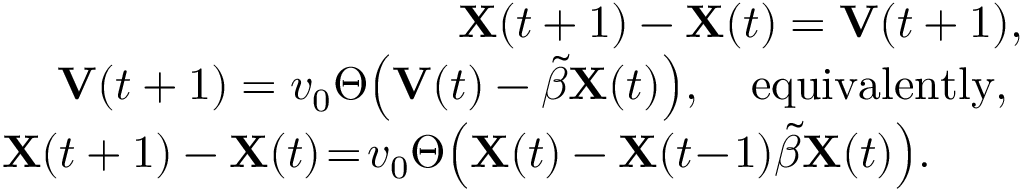
\begin{array} { r l r } & { } & { \mathbf { X } ( t + 1 ) - \mathbf { X } ( t ) = \mathbf { V } ( t + 1 ) , } \\ & { } & { \mathbf { V } ( t + 1 ) = v _ { 0 } \Theta \! \left( \mathbf { V } ( t ) - \tilde { \beta } \mathbf { X } ( t ) \right) \! , \quad \mathrm { e q u i v a l e n t l y , ~ } } \\ & { } & { \mathbf { X } ( t + 1 ) - \mathbf { X } ( t ) \! = \! v _ { 0 } \Theta \! \left( \mathbf { X } ( t ) - \mathbf { X } ( t \! - \! 1 ) \tilde { \beta } \mathbf { X } ( t ) \right) \! . \quad \quad } \end{array}